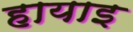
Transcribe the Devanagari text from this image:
हायाइ